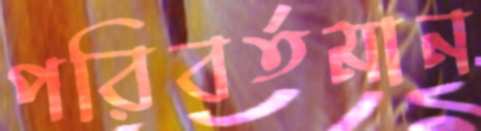
পরিবর্তমান